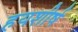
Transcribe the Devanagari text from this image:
हयशीर्ष